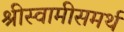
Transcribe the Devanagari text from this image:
श्रीस्वामीसमर्थ